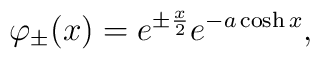
\varphi_\pm(x)=e^{\pm\frac x2}e^{-a\cosh x},